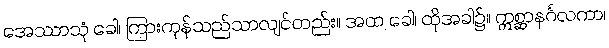
အေဿာသုံ ခေါ၊ ကြားကုန်သည်သာလျင်တည်း။ အထ ခေါ၊ ထိုအခါ၌။ ဣစ္ဆာနင်္ဂလကာ၊